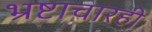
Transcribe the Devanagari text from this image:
भ्रष्टाचारही